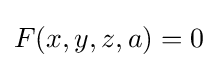
F(x,y,z,a)=0